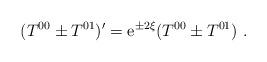
LaTeX: \begin{align*}(T^{00} \pm T^{01} )'={\rm e}^{\pm 2 \xi} (T^{00} \pm T^{01}) \ .\end{align*}